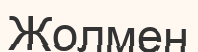
Жолмен